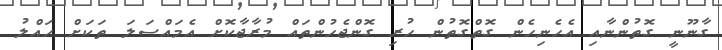
ގާނޫނީ ގޮތުންނާއި އެހެނިހެން ގޮތްގޮތުން ހުރި ގޮންޖެހުންތައް މުރާޖާކޮށް އެމައްސަލަ ތަކަށް ހައްލު